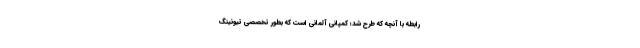
رابطه با آنچه که طرح شد؛ کمپانی آلمانی است که بطور تخصصی تیونینگ